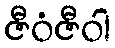
ဇီဝံဇီဝါ